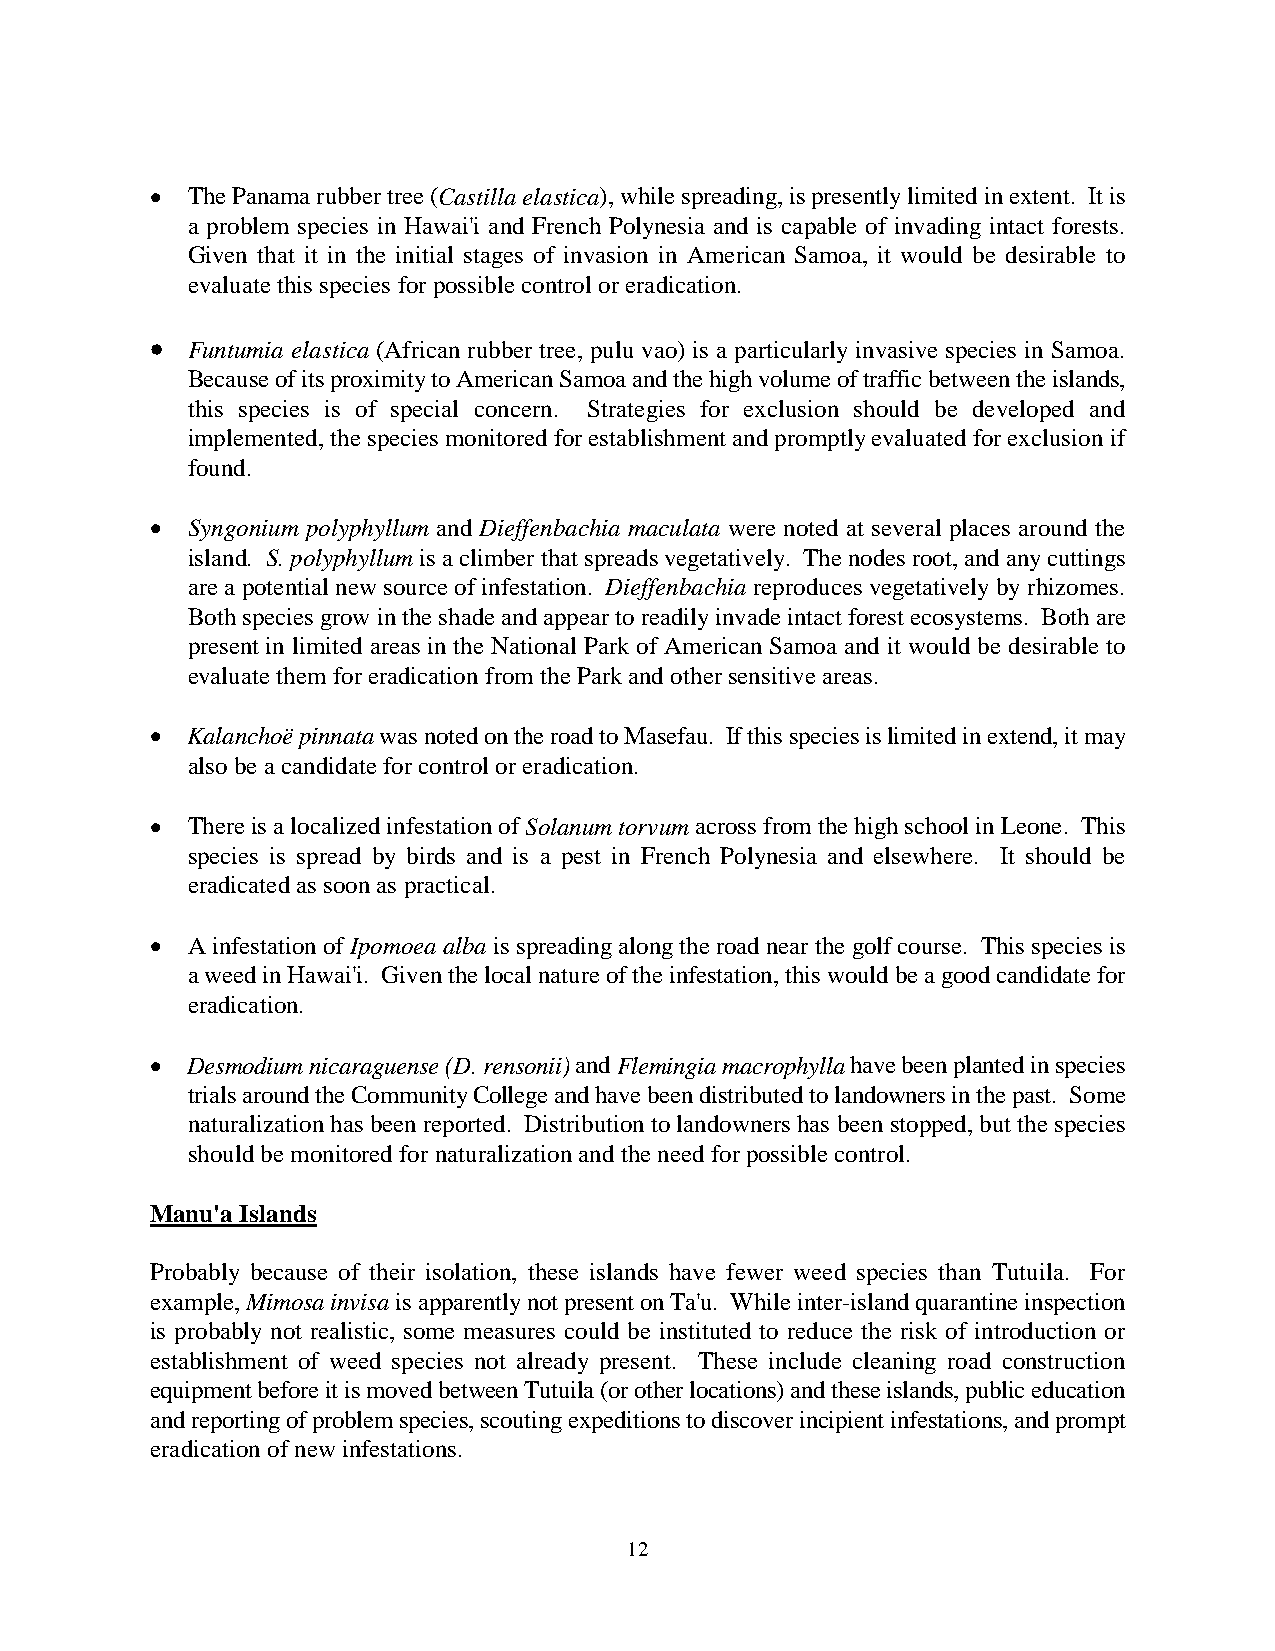
• The Panama rubber tree (Castilla elastica), while spreading, is presently limited in extent. It is
 a problem species in Hawai'i and French Polynesia and is capable of invading intact forests.
 Given that it in the initial stages of invasion in American Samoa, it would be desirable to
 evaluate this species for possible control or eradication.
 •
 Funtumia elastica (African rubber tree, pulu vao) is a particularly invasive species in Samoa.
 Because of its proximity to American Samoa and the high volume of traffic between the islands,
 this species is of special concern. Strategies for exclusion should be developed and
 implemented, the species monitored for establishment and promptly evaluated for exclusion if
 found.
 • Syngonium polyphyllum and Dieffenbachia maculata were noted at several places around the
 island. S. polyphyllum is a climber that spreads vegetatively. The nodes root, and any cuttings
 are a potential new source of infestation. Dieffenbachia reproduces vegetatively by rhizomes.
 Both species grow in the shade and appear to readily invade intact forest ecosystems. Both are
 present in limited areas in the National Park of American Samoa and it would be desirable to
 evaluate them for eradication from the Park and other sensitive areas.
 • Kalanchoë pinnata was noted on the road to Masefau. If this species is limited in extend, it may
 also be a candidate for control or eradication.
 • There is a localized infestation of Solanum torvum across from the high school in Leone. This
 species is spread by birds and is a pest in French Polynesia and elsewhere. It should be
 eradicated as soon as practical.
 • A infestation of Ipomoea alba is spreading along the road near the golf course. This species is
 a weed in Hawai'i. Given the local nature of the infestation, this would be a good candidate for
 eradication.
 • Desmodium nicaraguense (D. rensonii) and Flemingia macrophylla have been planted in species
 trials around the Community College and have been distributed to landowners in the past. Some
 naturalization has been reported. Distribution to landowners has been stopped, but the species
 should be monitored for naturalization and the need for possible control.
 Manu'a Islands
 Probably because of their isolation, these islands have fewer weed species than Tutuila. For
 example, Mimosa invisa is apparently not present on Ta'u. While inter-island quarantine inspection
 is probably not realistic, some measures could be instituted to reduce the risk of introduction or
 establishment of weed species not already present. These include cleaning road construction
 equipment before it is moved between Tutuila (or other locations) and these islands, public education
 and reporting of problem species, scouting expeditions to discover incipient infestations, and prompt
 eradication of new infestations.
 12